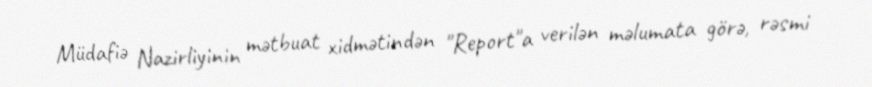
Müdafiə Nazirliyinin mətbuat xidmətindən "Report"a verilən məlumata görə, rəsmi